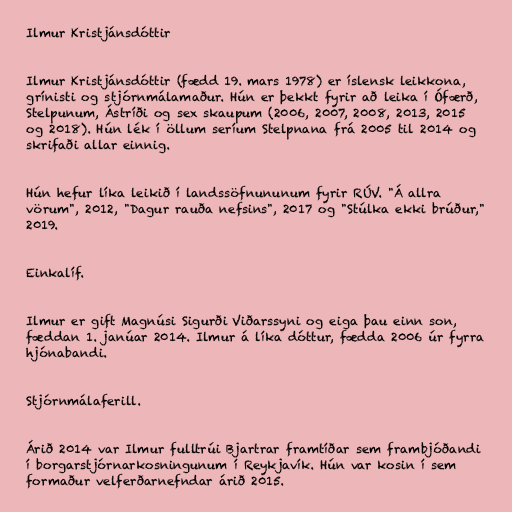
Ilmur Kristjánsdóttir

Ilmur Kristjánsdóttir (fædd 19. mars 1978) er íslensk leikkona,
grínisti og stjórnmálamaður. Hún er þekkt fyrir að leika í Ófærð,
Stelpunum, Ástríði og sex skaupum (2006, 2007, 2008, 2013, 2015
og 2018). Hún lék í öllum seríum Stelpnana frá 2005 til 2014 og
skrifaði allar einnig.

Hún hefur líka leikið í landssöfnununum fyrir RÚV. "Á allra
vörum", 2012, "Dagur rauða nefsins", 2017 og "Stúlka ekki brúður,"
2019.

Einkalíf.

Ilmur er gift Magnúsi Sigurði Viðarssyni og eiga þau einn son,
fæddan 1. janúar 2014. Ilmur á líka dóttur, fædda 2006 úr fyrra
hjónabandi.

Stjórnmálaferill.

Árið 2014 var Ilmur fulltrúi Bjartrar framtíðar sem frambjóðandi
í borgarstjórnarkosningunum í Reykjavík. Hún var kosin í sem
formaður velferðarnefndar árið 2015.